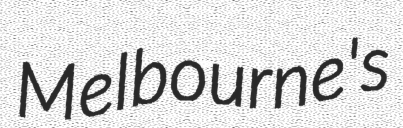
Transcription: Melbourne's